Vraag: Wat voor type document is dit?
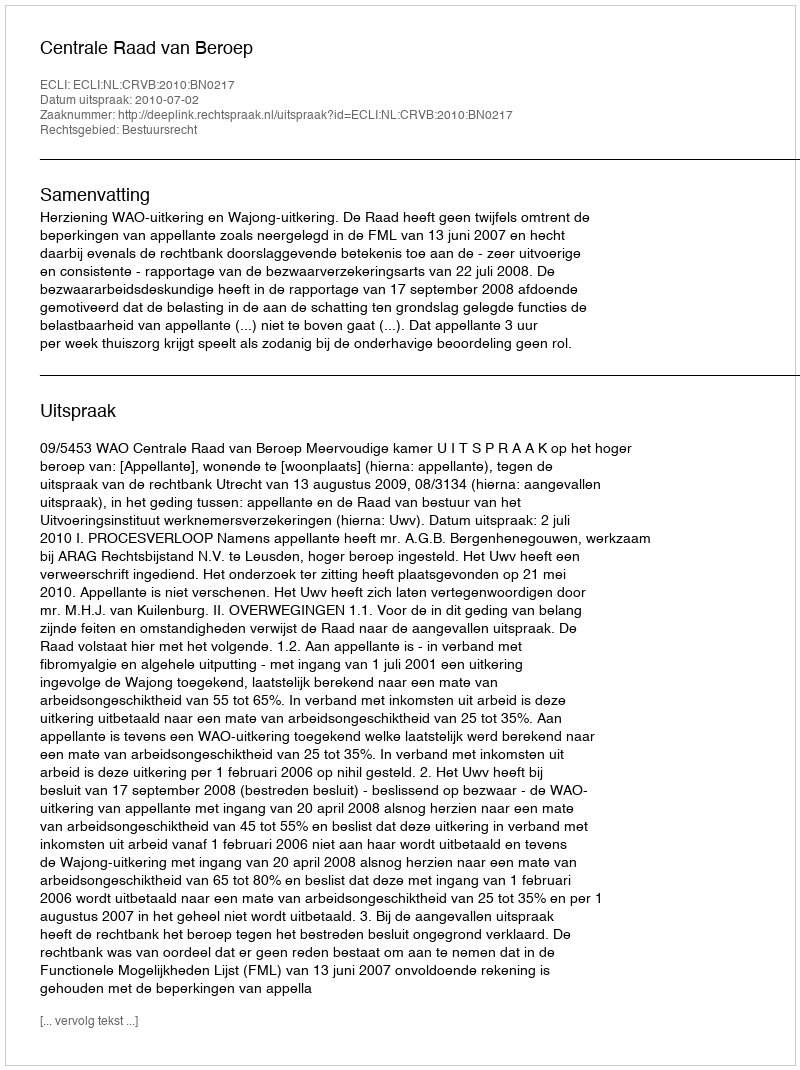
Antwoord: Uitspraak